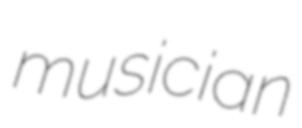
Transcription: musician